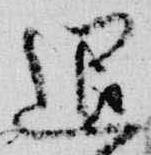
退